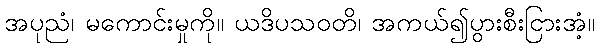
အပုညံ၊ မကောင်းမှုကို။ ယဒိပသဝတိ၊ အကယ်၍ပွားစီးငြားအံ့။